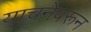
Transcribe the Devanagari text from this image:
याचनेवरून